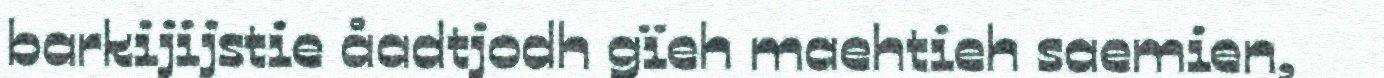
barkijijstie åadtjodh gïeh maehtieh saemien,